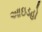
આઇડહો